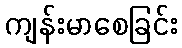
ကျန်းမာစေခြင်း